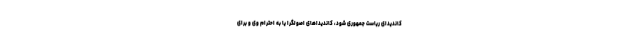
کاندیدای ریاست جمهوری شود، کاندیداهای اصولگرا یا به احترام وی و برای